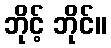
ဘိုင့် ဘိုင်။